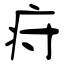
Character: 疛